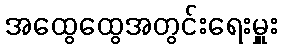
အထွေထွေအတွင်းရေးမှူး